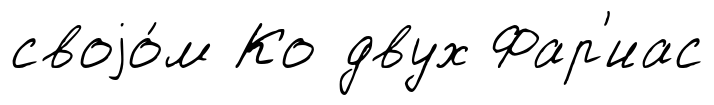
своjо́м Ко двух Фар'иас